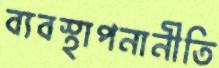
ব্যবস্থাপনানীতি